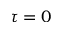
\tau = 0